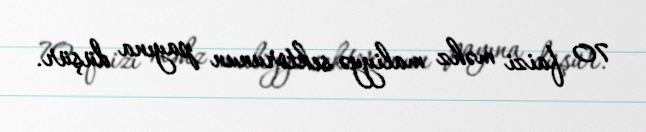
70 faizi məhz maliyyə sektorunun payına düşür.